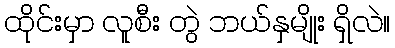
ထိုင်းမှာ လူစီး တွဲ ဘယ်နှမျိုး ရှိလဲ။